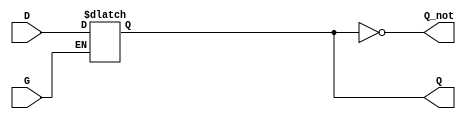
module GatedDLatch (
    input wire D,      // Data input
    input wire G,      // Gate/Enable input
    output reg Q,      // Output
    output wire Q_not  // Complement of Output
);

// Assign the complement of Q
assign Q_not = ~Q;

// Always block sensitive to changes in D and G
always @(*) begin
    if (G) begin
        Q <= D;  // When G is high, Q takes the value of D
    end
    // When G is low, Q retains its previous value (implicit behavior)
end

endmodule